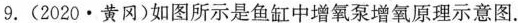
9.(2020·黄冈)如图所示是鱼缸中增氧泵增氧原理示意图.